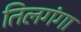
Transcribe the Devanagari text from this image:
तिलगंगा